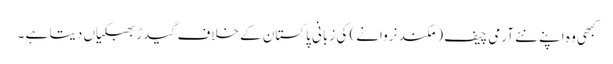
کبھی وہ اپنے نئے آرمی چیف ( مکند نروانے) کی زبانی پاکستان کے خلاف گیدڑ بھبکیاں دیتا ہے ۔